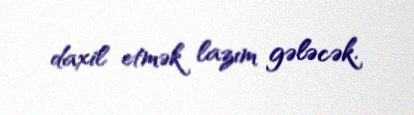
daxil etmək lazım gələcək.